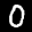
Label: 0